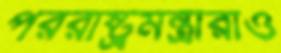
পররাষ্ট্রমন্ত্রীরাও